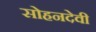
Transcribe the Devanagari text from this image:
सोहनदेवी